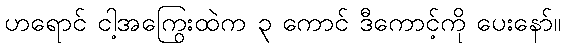
ဟရောင် ငါ့အကြွေးထဲက ၃ ကောင် ဒီကောင့်ကို ပေးနော်။